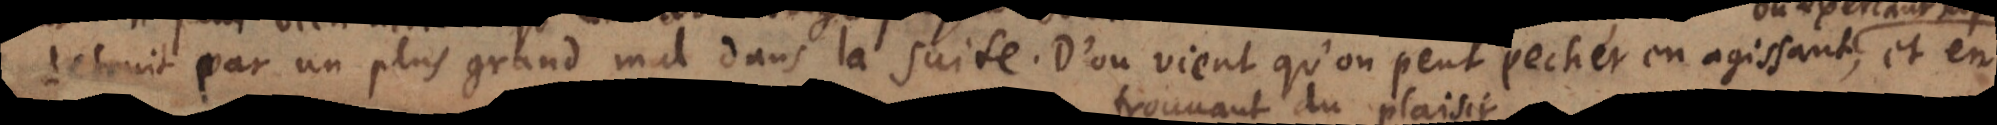
detruit par un plus grand mal dans la suite. D’où vient qu’on peut pecher en agissant ou